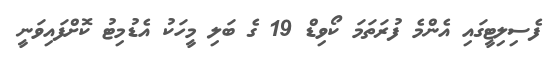
ފެސިލިޓީގައި އެންމެ ފުރަތަމަ ކޯވިޑް 19 ގެ ބަލި މީހަކު އެޑުމިޓު ކޮށްފައިވަނީ